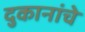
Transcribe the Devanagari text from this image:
दुकानांचे